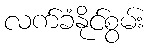
လက်ခံနိုင်စွမ်း